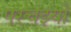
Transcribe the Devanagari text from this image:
परचइयों